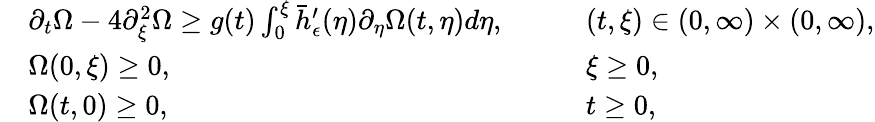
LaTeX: \begin{array}{rlrl}&{\partial_{t}\Omega-4\partial_{\xi}^{2}\Omega\geq g(t)\int_{0}^{\xi}\bar{h}_{\epsilon}^{\prime}(\eta)\partial_{\eta}\Omega(t,\eta)d\eta,\quad}&&{(t,\xi)\in(0,\infty)\times(0,\infty),}\\ &{\Omega(0,\xi)\geq 0,\quad}&&{\xi\geq 0,}\\ &{\Omega(t,0)\geq 0,\quad}&&{t\geq 0,}\end{array}